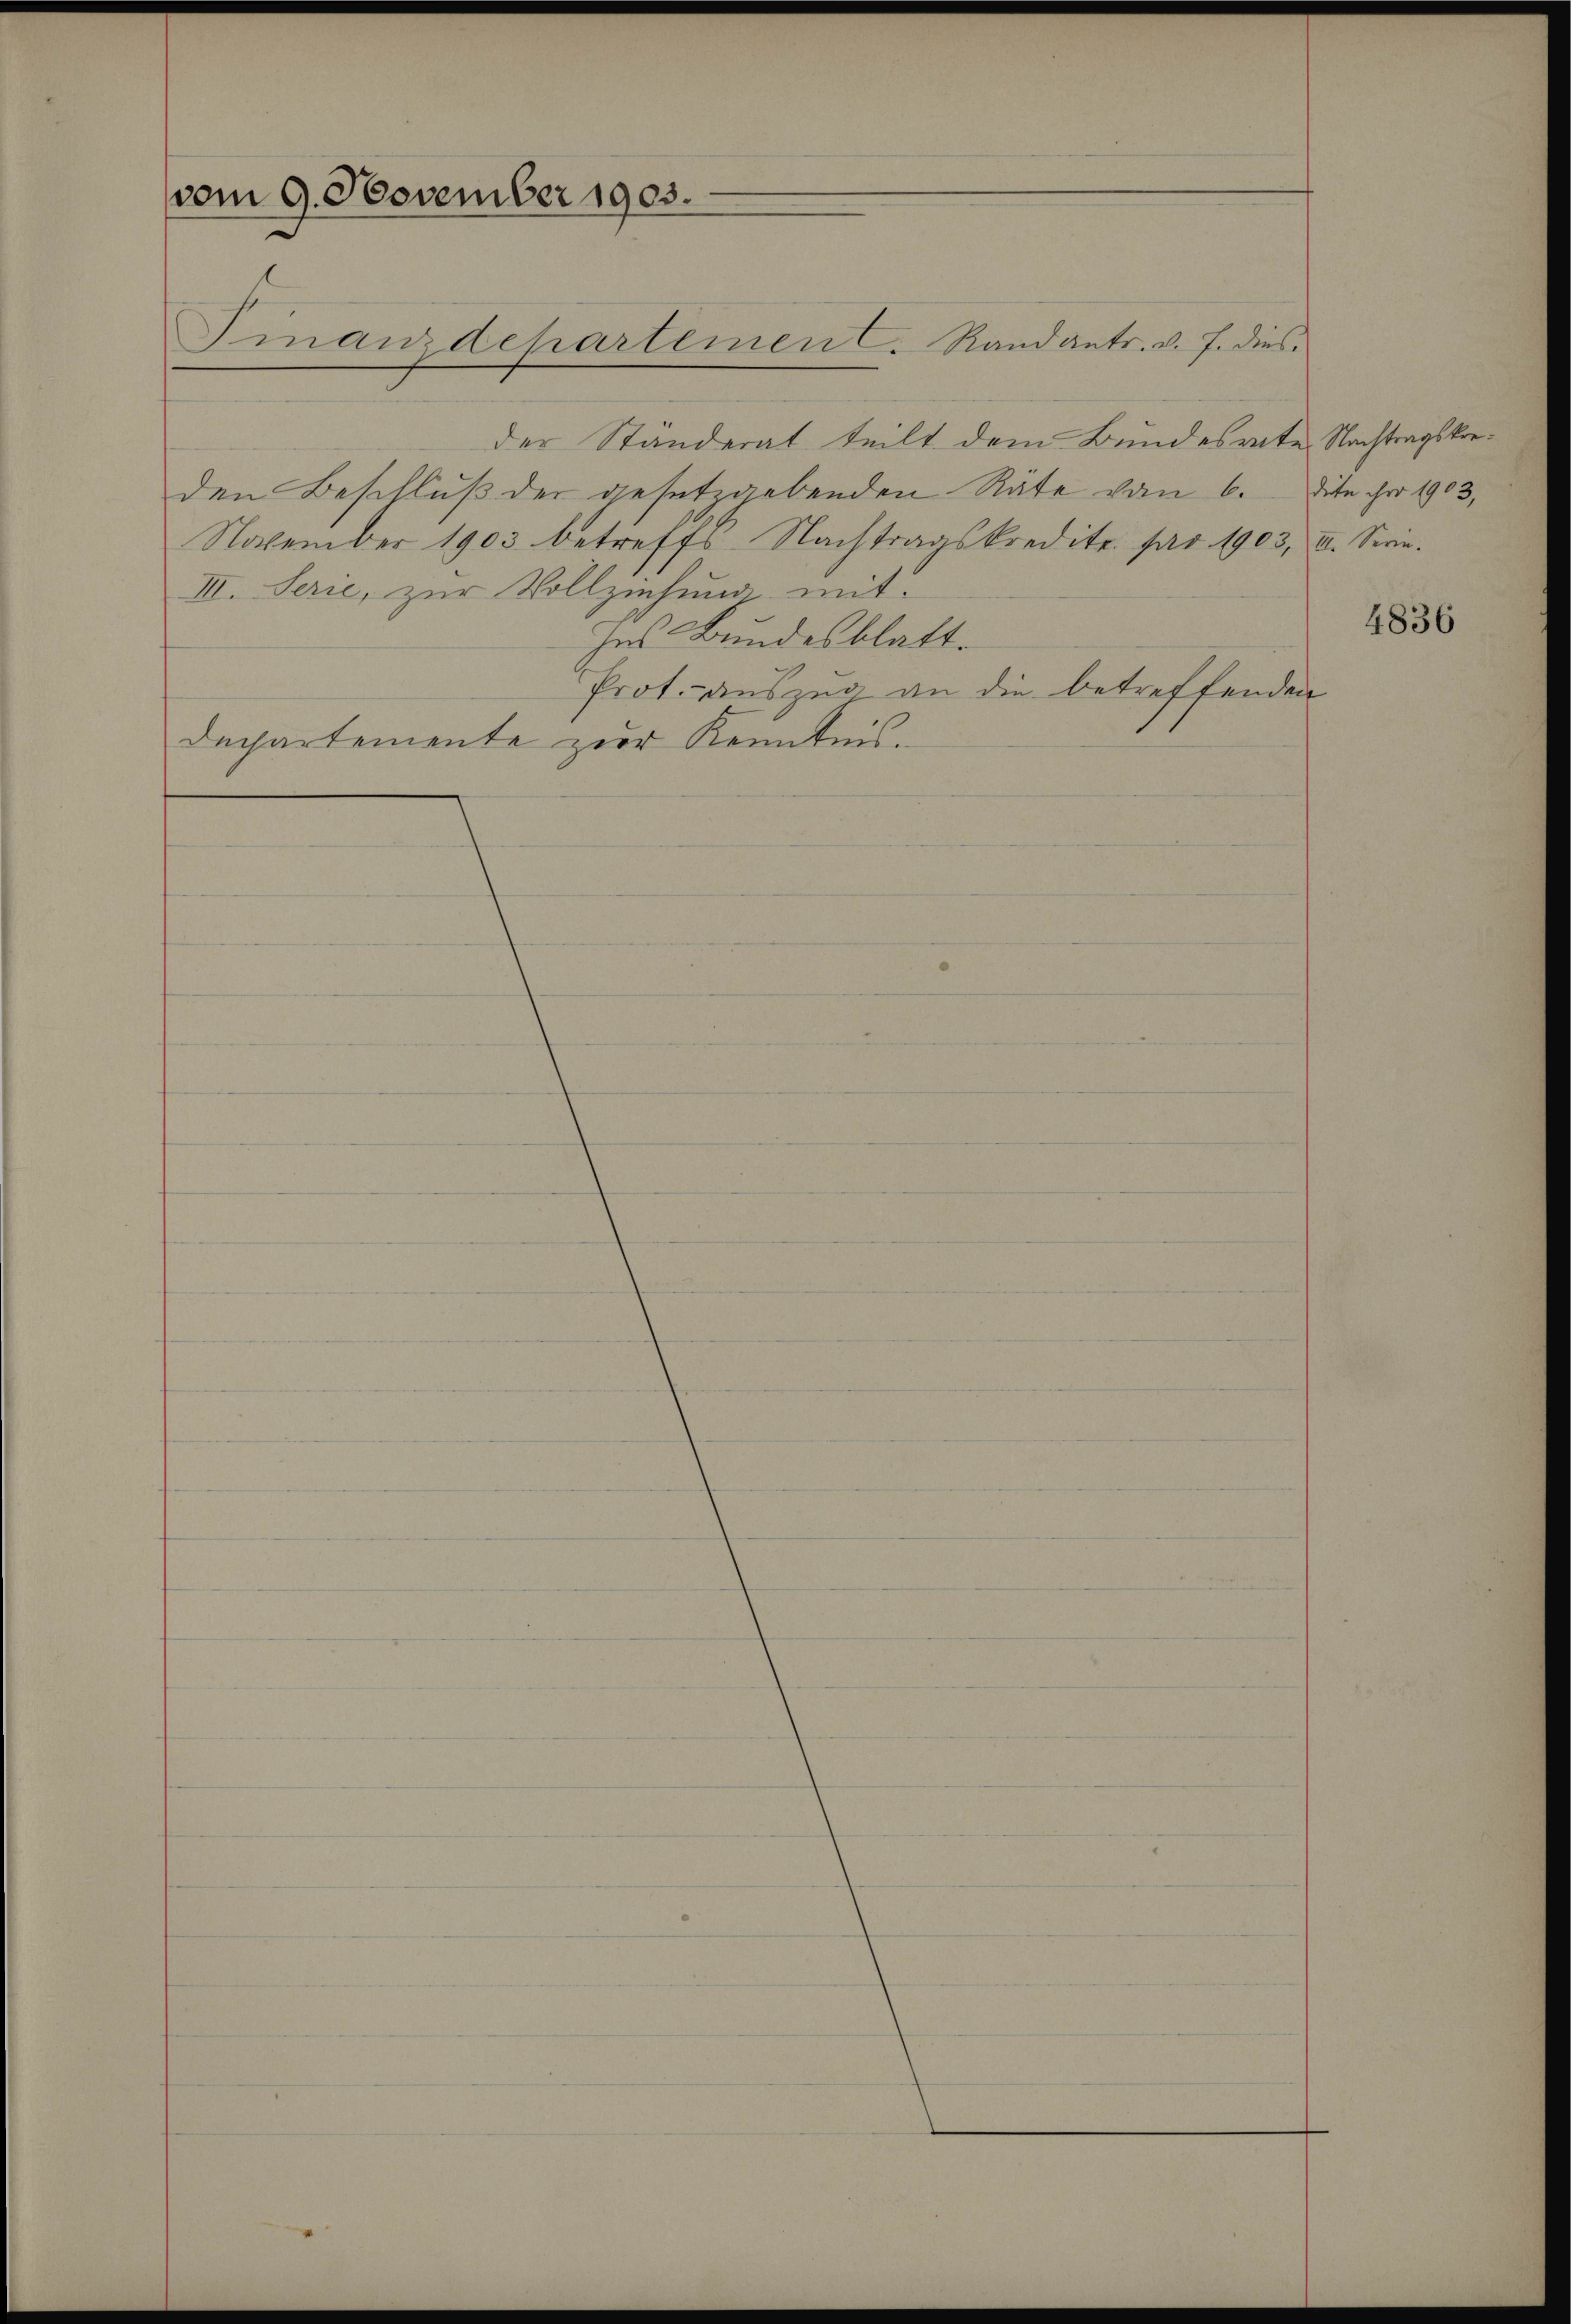
vom 9. November 1903.

Finanzdepartemen C. Randants. v. J. dies

der Ständerat teilt dem Bundesrate Nachtragskorden Beschluß der gesetzgebenden Räte vom 6. dite pro 1903,
November 1903 betreffs Nachtragskredite pro 1903, u. Serin¬
III. Serie, zur Vollziehung mit
Ins Bundesblatt.
Prot. auszug an die betreffenden
departemente zur Kenntnis.

4836